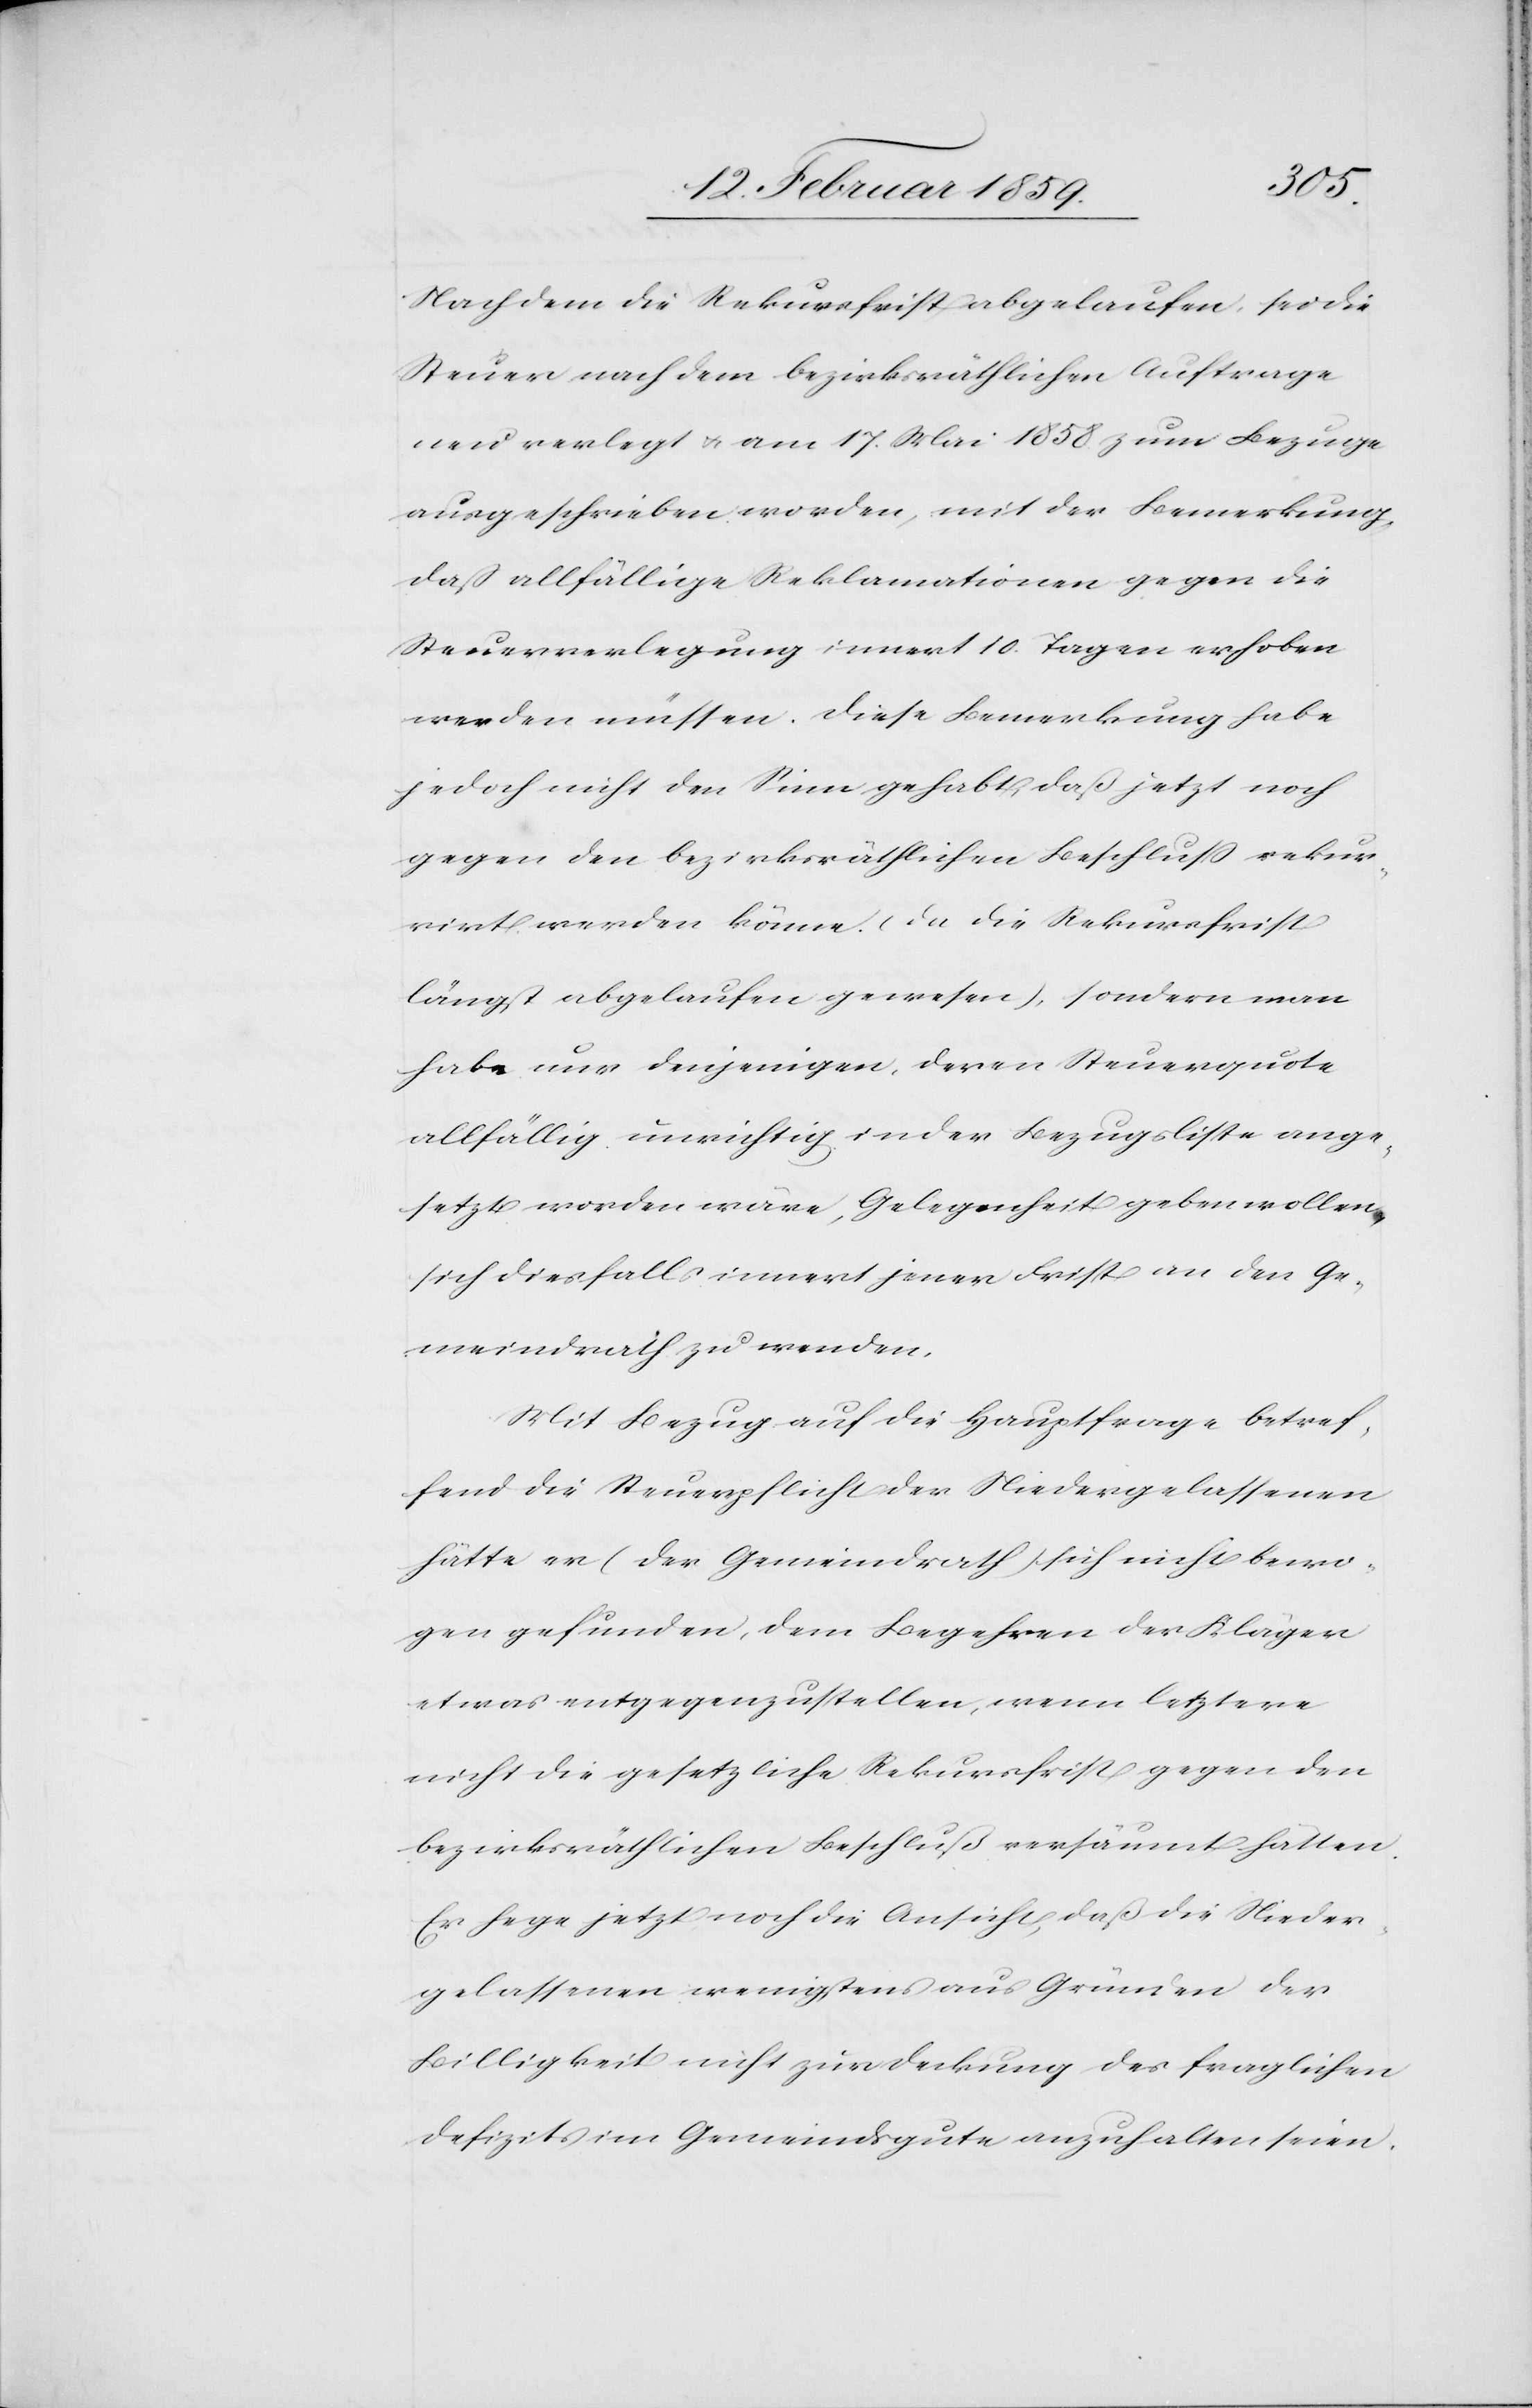
Nachdem die Rekursfrist abgelaufen, sei die
Steuer nach dem bezirksräthlichen Auftrage
neu verlegt u. am 17. Mai 1858 zum Bezuge
ausgeschrieben worden, mit der Bemerkung,
daß allfällige Reklamationen gegen die
Steuerverlegung innert 10. Tagen erhoben
werden müssen. Diese Bemerkung habe
jedoch nicht den Sinn gehabt, daß jetzt noch
gegen den bezirksräthlichen Beschluß rekur¬
rirt werden könne (da die Rekursfrist
längst abgelaufen gewesen), sondern man
habe nur denjenigen, deren Steuerquote
allfällig unrichtig in der Bezugsliste ange¬
setzt worden wäre, Gelegenheit geben wollen,
sich diesfalls innert jener Frist an den Ge¬
meindrath zu wenden.
Mit Bezug auf die Hauptfrage betref¬
fend die Steuerpflicht der Niedergelassenen
hätte er (der Gemeindrath) sich nicht bewo¬
gen gefunden, dem Begehren der Kläger
etwas entgegenzustellen, wenn letztere
nicht die gesetzliche Rekursfrist gegen den
bezirksräthlichen Beschluß versäumt hätten.
Er hege jetzt noch die Ansicht, daß die Nieder¬
gelassenen wenigstens aus Gründen der
Billigkeit nicht zur Deckung des fraglichen
Defizites im Gemeindsgute anzuhalten seien.